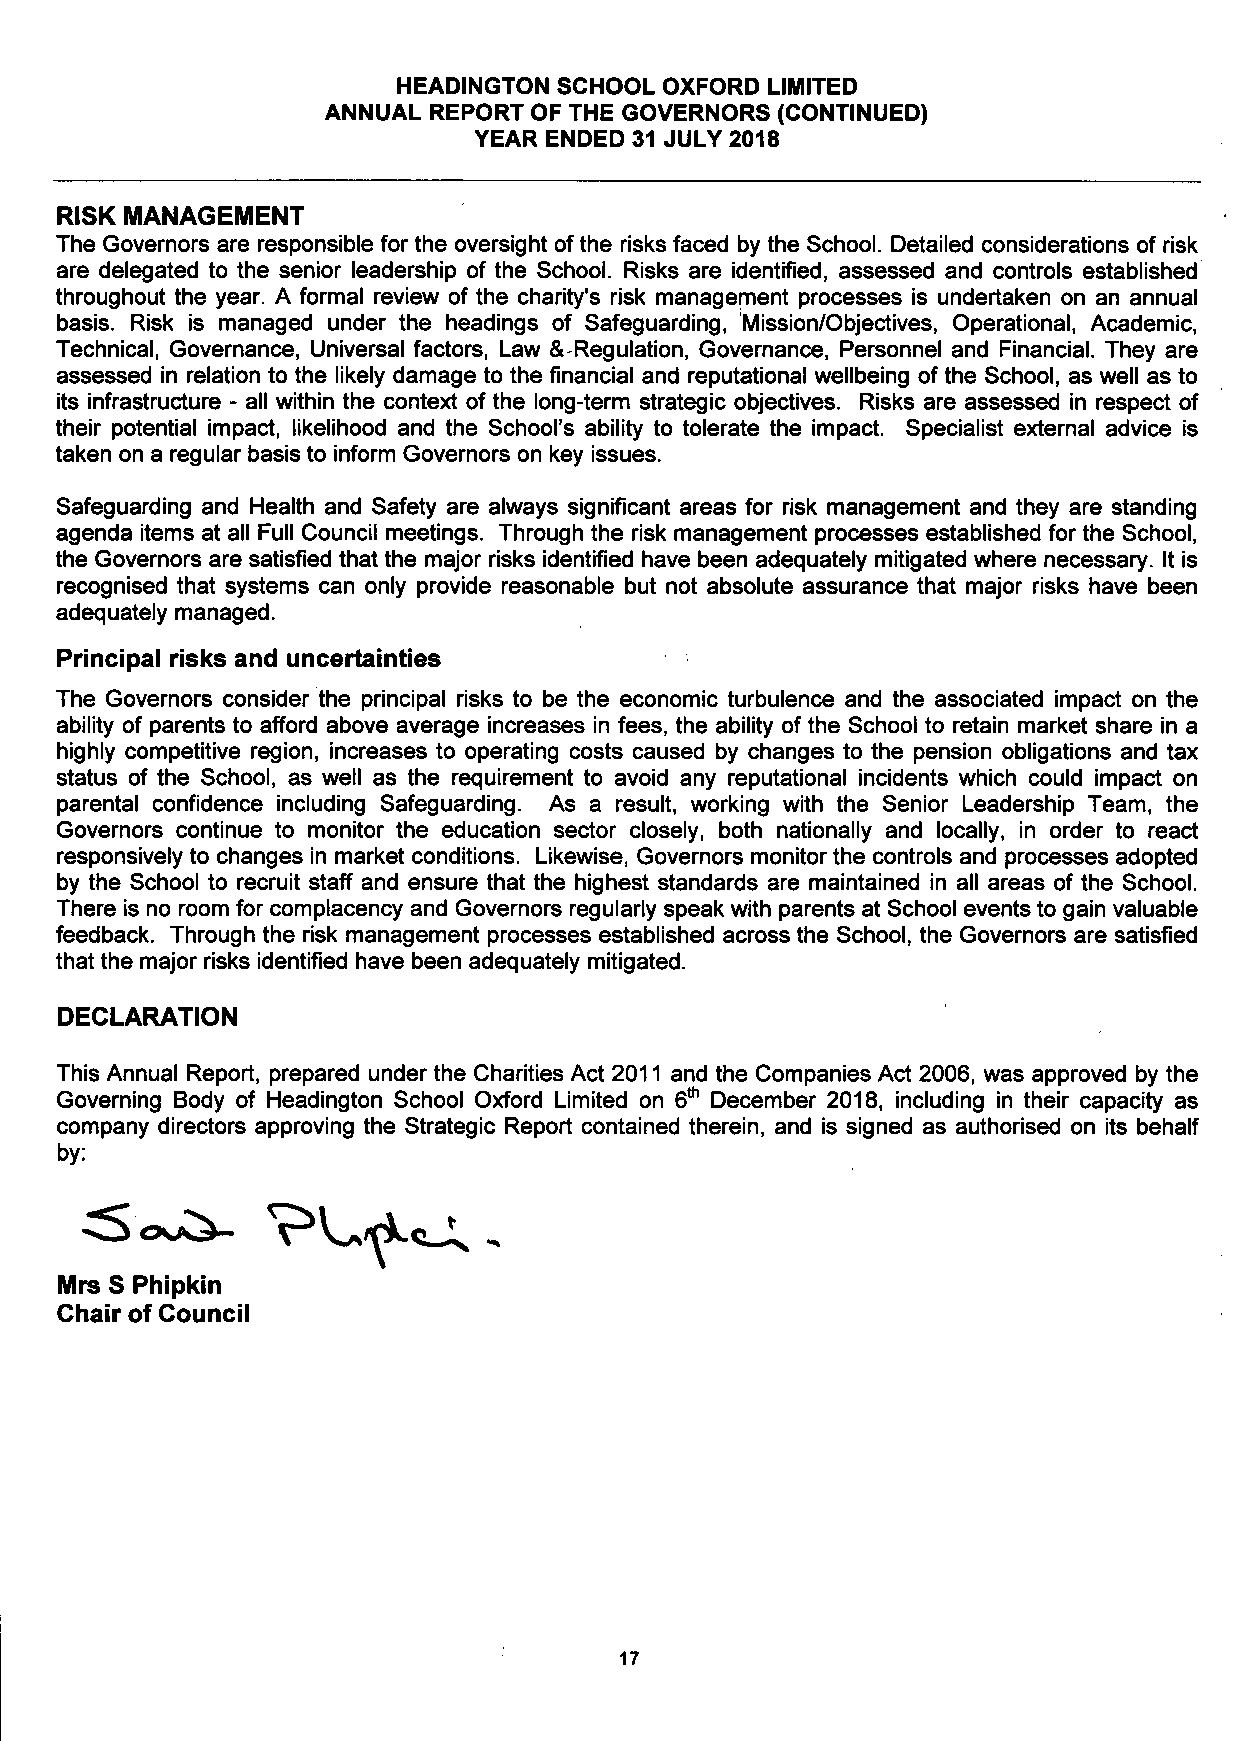
HEADINGTON SCHOOL OXFORD LIMITED
 ANNUAL REPORT OF THE GOVERNORS (CONTINUED)
 YEAR ENDED 31 JULY 2018
 RISK MANAGEMENT
 The Governors are responsible for the oversight of the risks faced by the School. Detailed considerations of risk
 are delegated to the senior leadership of the School. Risks are identified, assessed and controls established
 throughout the year. A formal review of the charity's risk management processes is undertaken on an annual
 basis. Risk is managed under the headings of Safeguarding, Mission/Objectives, Operational, Academic,
 Technical, Governance, Universal factors, Law & Regulation, Governance, Personnel and Financial. They are
 assessed in relation to the likely damage to the financial and reputational wellbeing of the School, as well as to
 its infrastructure - all within the context of the long-term strategic objectives. Risks are assessed in respect of
 their potential impact, likelihood and the School's ability to tolerate the impact. Specialist external advice is
 taken on a regular basis to inform Governors on key issues.
 Safeguarding and Health and Safety are always significant areas for risk management and they are standing
 agenda items at all Full Council meetings. Through the risk management processes established for the School,
 the Governors are satisfied that the major risks identified have been adequately mitigated where necessary. It is
 recognised that systems can only provide reasonable but not absolute assurance that major risks have been
 adequately managed.
 Principal risks and uncertainties
 The Governors consider the principal risks to be the economic turbulence and the associated impact on the
 ability of parents to afford above average increases in fees, the ability of the School to retain market share in a
 highly competitive region, increases to operating costs caused by changes to the pension obligations and tax
 status of the School, as well as the requirement to avoid any reputational incidents which could impact on
 parental confidence including Safeguarding. As a result, working with the Senior Leadership Team, the
 Governors continue to monitor the education sector closely, both nationally and locally, in order to react
 responsively to changes in market conditions. Likewise, Governors monitor the controls and processes adopted
 by the School to recruit staff and ensure that the highest standards are maintained in all areas of the School.
 There is no room for complacency and Governors regularly speak with parents at School events to gain valuable
 feedback. Through the risk management processes established across the School, the Governors are satisfied
 that the major risks identified have been adequately mitigated.
 DECLARATION
 This Annual Report, prepared under the Charities Act 2011 and the Companies Act 2006, was approved by the
 Governing Body of Headington School Oxford Limited on 6th December 2018, including in their capacity as
 company directors approving the Strategic Report contained therein, and is signed as authorised on its behalf
 by:
 Mrs S Phipkin
 Chair of Council
 17